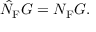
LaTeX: \hat { N } _ { \mathrm { F } } G = N _ { \mathrm { F } } G .